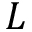
{ \cal L }